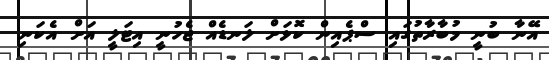
އޭނާ ބުނީ މުބާރާތުގައި ސްޕެއިން ކޮޅަށް ލަނޑެއް ޖެހުނީ އިޓަލީ އަށް އެކަނި